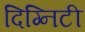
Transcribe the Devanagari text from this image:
दिग्निटी